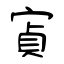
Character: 寊